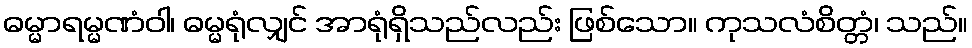
ဓမ္မာရမ္မဏံဝါ၊ ဓမ္မရုံလျှင် အာရုံရှိသည်လည်း ဖြစ်သော။ ကုသလံစိတ္တံ၊ သည်။